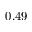
0 . 4 9